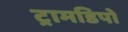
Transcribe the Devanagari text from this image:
ट्रामडिपो